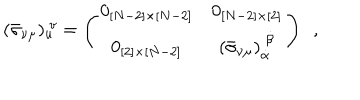
( \bar { \sigma } _ { \nu \mu } ) _ { u } ^ { ~ v } = \left( \begin{matrix} { { 0 _ { [ N - 2 ] \times [ N - 2 ] } } } & { { 0 _ { [ N - 2 ] \times [ 2 ] } } } \\ { { 0 _ { [ 2 ] \times [ N - 2 ] } } } & { { ( \bar { \sigma } _ { \nu \mu } ) _ { \dot { \alpha } } ^ { ~ \dot { \beta } } } } \\ \end{matrix} \right) ~ ~ ,